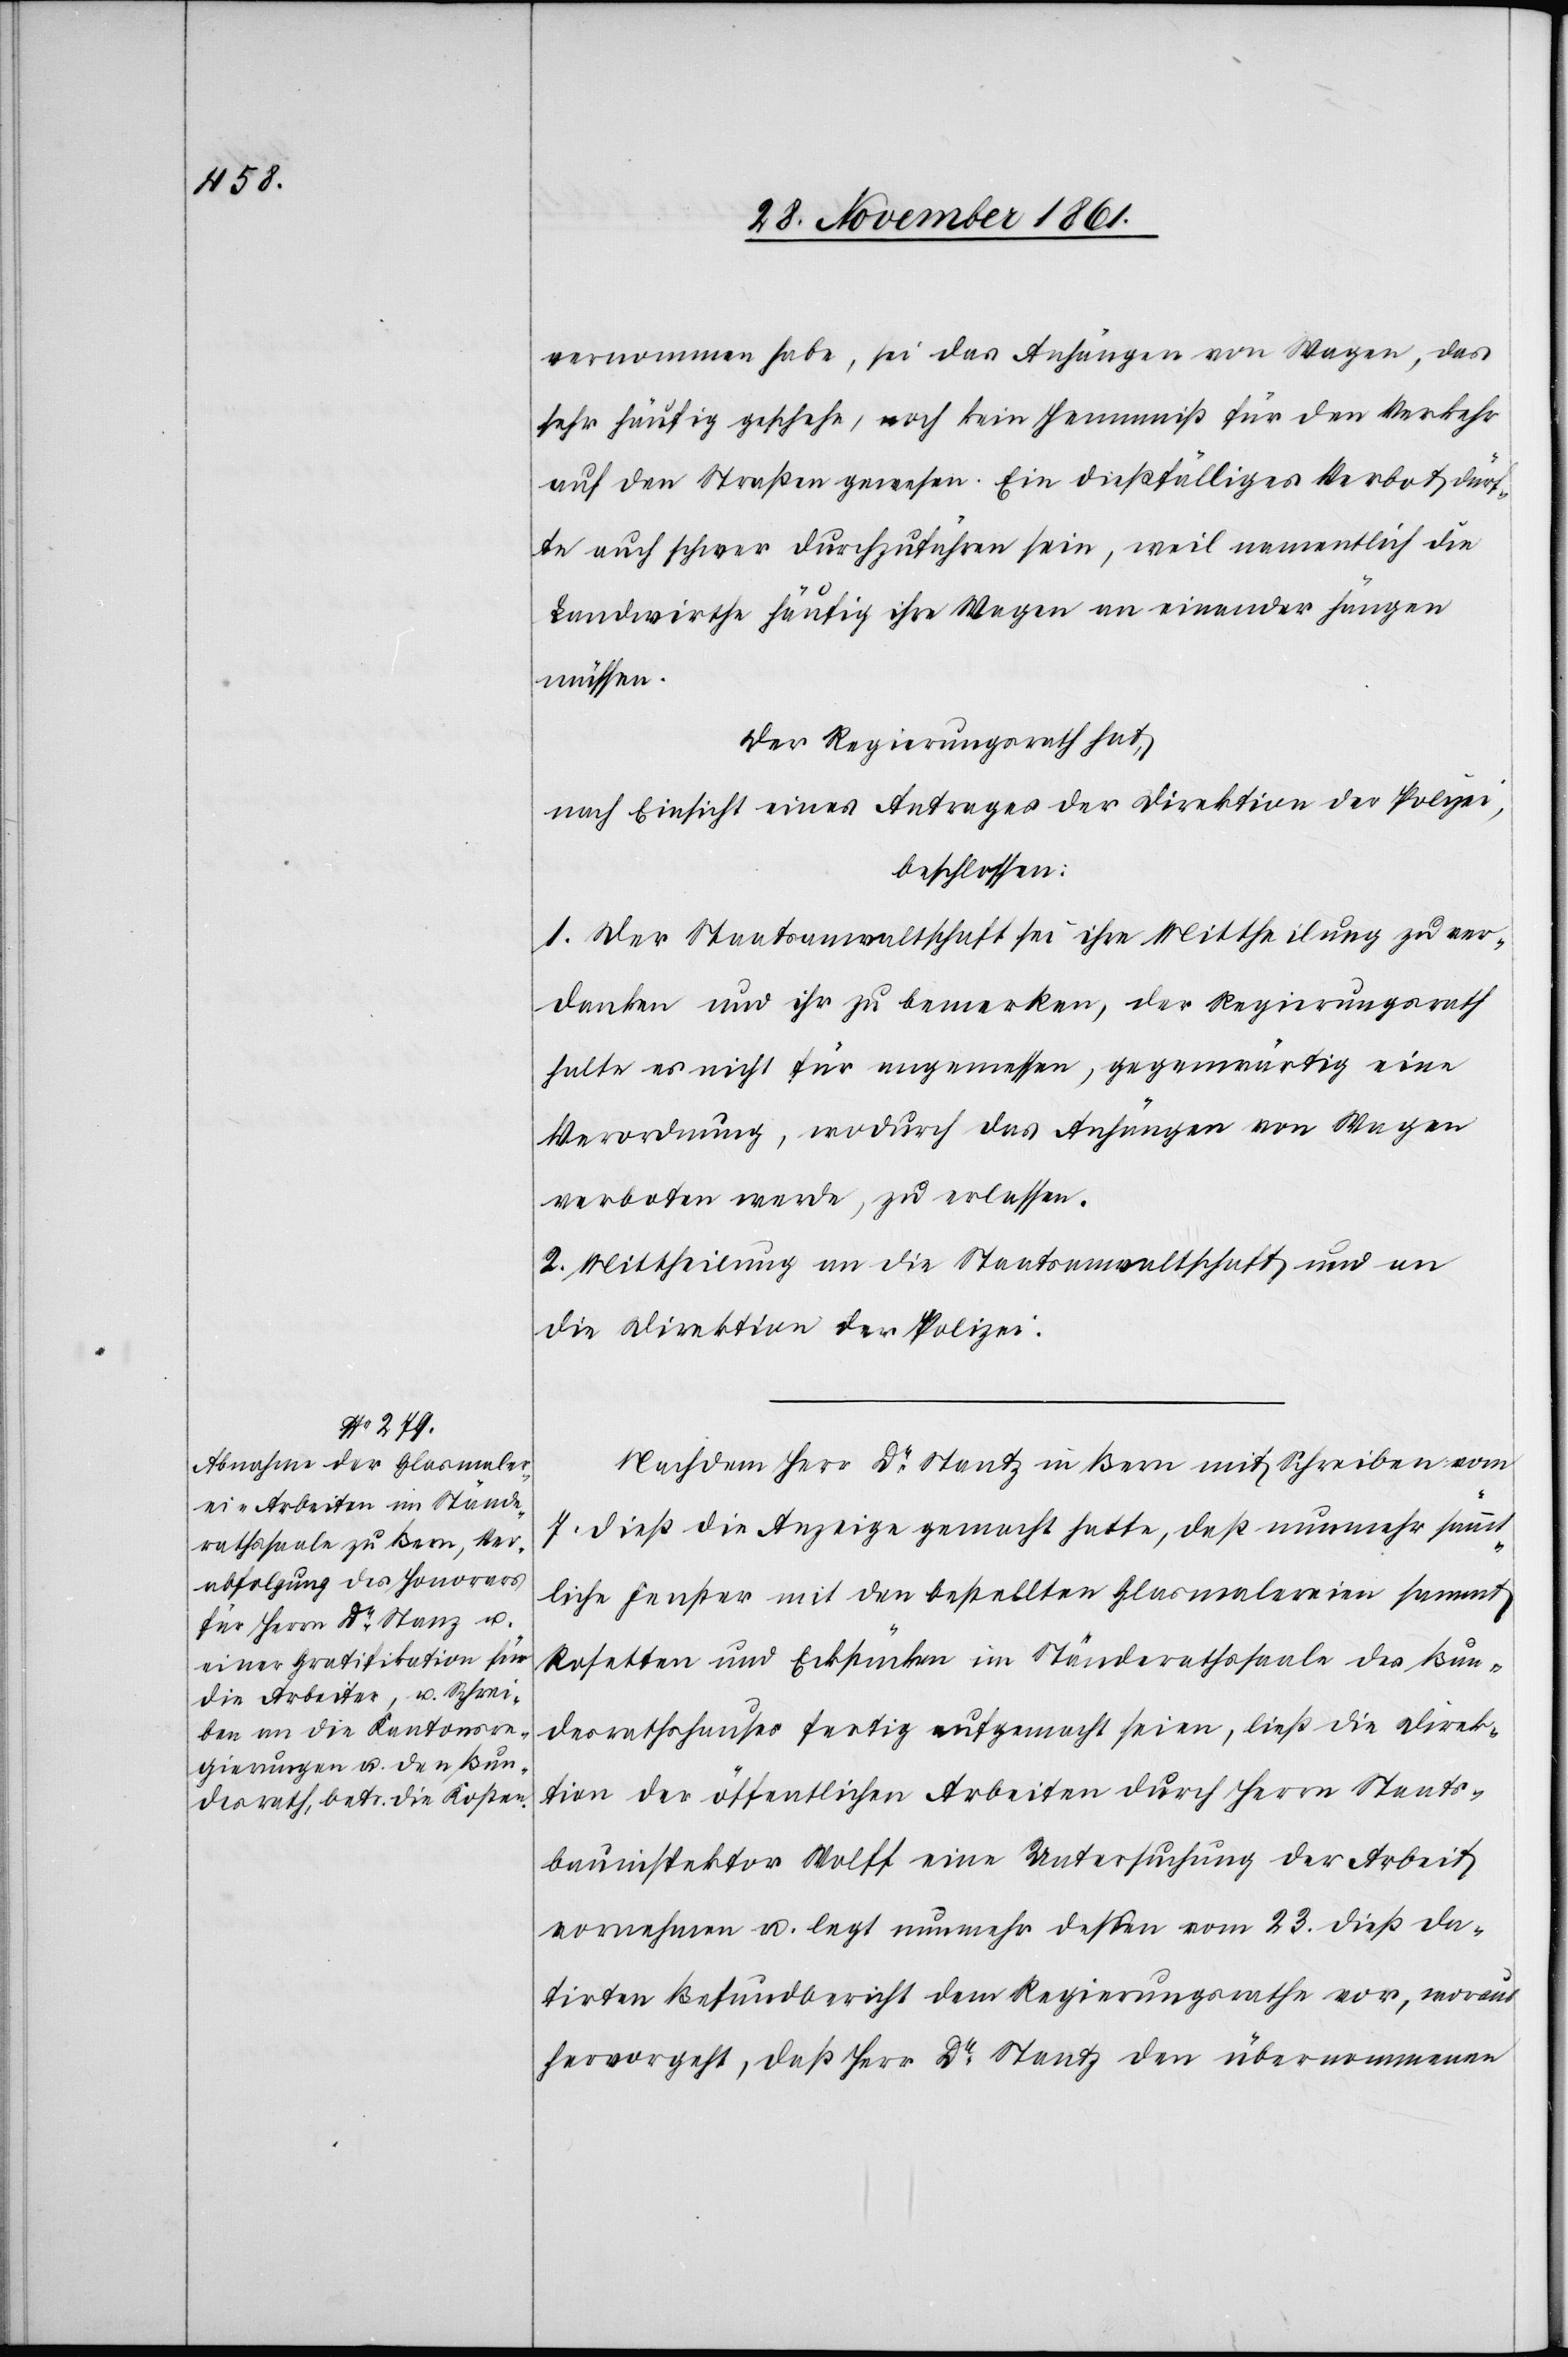
vernommen habe, sei das Anhängen von Wagen, das
sehr häufig geschehe, noch kein Hemmniß für den Verkehr
auf den Straßen gewesen. Ein dießfälliges Verbot dürf¬
te auch schwer durchzuführen sein, weil namentlich die
Landwirthe häufig ihre Wagen an einander hängen
müssen.
Der Regierungsrath hat,
nach Einsicht eines Antrages der Direktion der Polizei,
beschlossen:
1. Der Staatsanwaltschaft sei ihre Mittheilung zu ver¬
danken und ihr zu bemerken, der Regierungsrath
halte es nicht für angemessen, gegenwärtig eine
Verordnung, wodurch das Anhängen von Wagen
verboten werde, zu erlassen.
2. Mittheilung an die Staatsanwaltschaft und an
die Direktion der Polizei.
Nachdem Herr Dr Stantz [sic!] in Bern mit Schreiben vom
7 dieß die Anzeige gemacht hatte, daß nunmehr sämmt¬
liche Fenster mit den bestellten Glasmalereien sammt
Rosetten und Eckstücken im Ständerathssaale des Bun¬
desrathshauses fertig aufgemacht seien, ließ die Direk¬
tion der öffentlichen Arbeiten durch Herrn Staats¬
bauinspektor Wolff eine Untersuchung der Arbeit
vornehmen u. legt nunmehr dessen vom 23 dieß da¬
tirten Befundbericht dem Regierungsrathe vor, woraus
hervorgeht, daß Herr Dr Stantz den übernommenen